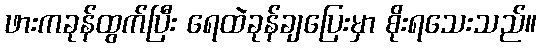
ဖားကခုန်ထွက်ပြီး ရေထဲခုန်ချပြေးမှာ စိုးရသေးသည်။